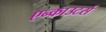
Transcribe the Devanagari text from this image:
एन्काउटर्स